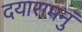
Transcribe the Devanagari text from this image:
दयारामनुं